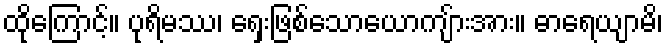
ထိုကြောင့်။ ပုရိမဿ၊ ရှေးဖြစ်သောယောကျ်ားအား။ ဓာရေယျာမိ၊